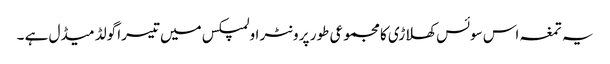
یہ تمغہ اس سوئس کھلاڑی کا مجموعی طور پر ونٹر اولمپکس میں تیسرا گولڈ میڈل ہے ۔